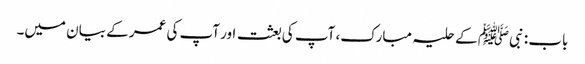
باب : نبیﷺ کے حلیہ مبارک، آپ کی بعثت اور آپ کی عمر کے بیان میں۔